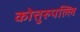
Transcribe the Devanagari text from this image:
कोत्तुरुपल्लि